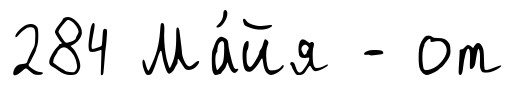
284 Ма́йя - от